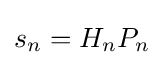
s_{n}=H_{n}P_{n}